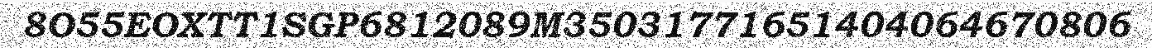
8O55EOXTT1SGP6812089M35031771651404064670806